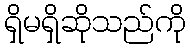
ရှိမရှိဆိုသည်ကို